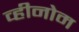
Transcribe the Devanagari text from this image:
व्हीनोम